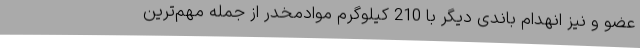
عضو و نیز انهدام باندی دیگر با 210 کیلوگرم موادمخدر از جمله مهم‌ترین